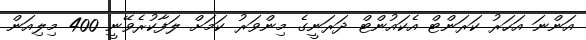
އަންނަ އަހަރު ކަރަންޓް އެކައުންޓް ދަރަނީގެ މިންވަރު ކަމަށް ލަފާކުރެވޭނީ 400 މިލިއަން